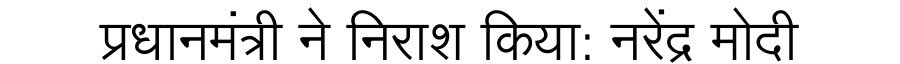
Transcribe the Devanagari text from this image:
प्रधानमंत्री ने निराश किया: नरेंद्र मोदी